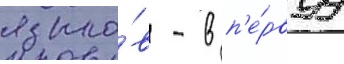
языко́в - в п'е́рвуу